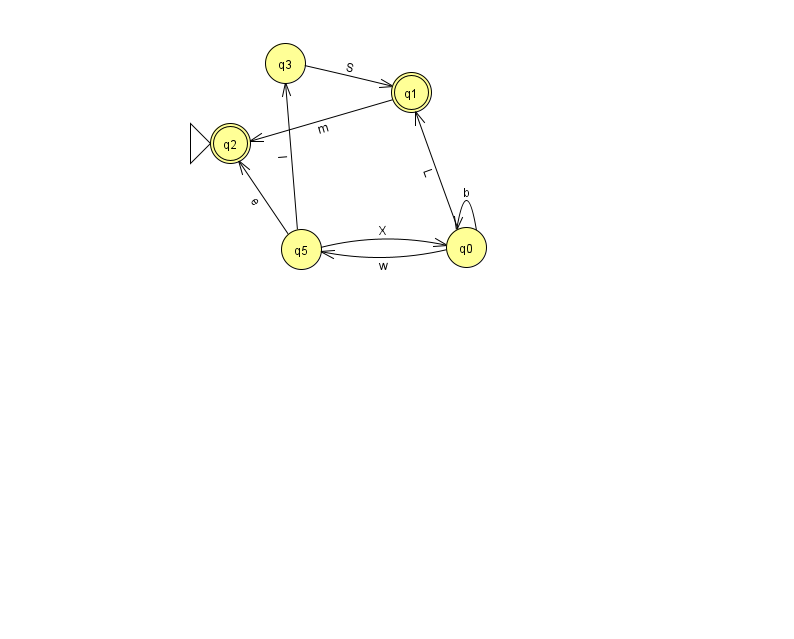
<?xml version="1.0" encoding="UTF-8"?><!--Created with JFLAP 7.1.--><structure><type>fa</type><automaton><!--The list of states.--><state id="0" name="q0"><x>466.0</x><y>234.0</y></state><state id="1" name="q1"><x>411.0</x><y>79.0</y><final/></state><state id="2" name="q2"><x>230.0</x><y>130.0</y><initial/><final/></state><state id="3" name="q3"><x>285.0</x><y>50.0</y></state><state id="5" name="q5"><x>301.0</x><y>236.0</y></state><!--The list of transitions.--><transition><from>0</from><to>0</to><read>b</read></transition><transition><from>0</from><to>5</to><read>w</read></transition><transition><from>0</from><to>1</to><read>L</read></transition><transition><from>3</from><to>1</to><read>S</read></transition><transition><from>5</from><to>3</to><read>l</read></transition><transition><from>1</from><to>2</to><read>m</read></transition><transition><from>5</from><to>2</to><read>e</read></transition><transition><from>5</from><to>0</to><read>X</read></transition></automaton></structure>